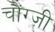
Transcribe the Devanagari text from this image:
चौंग्ज़ी